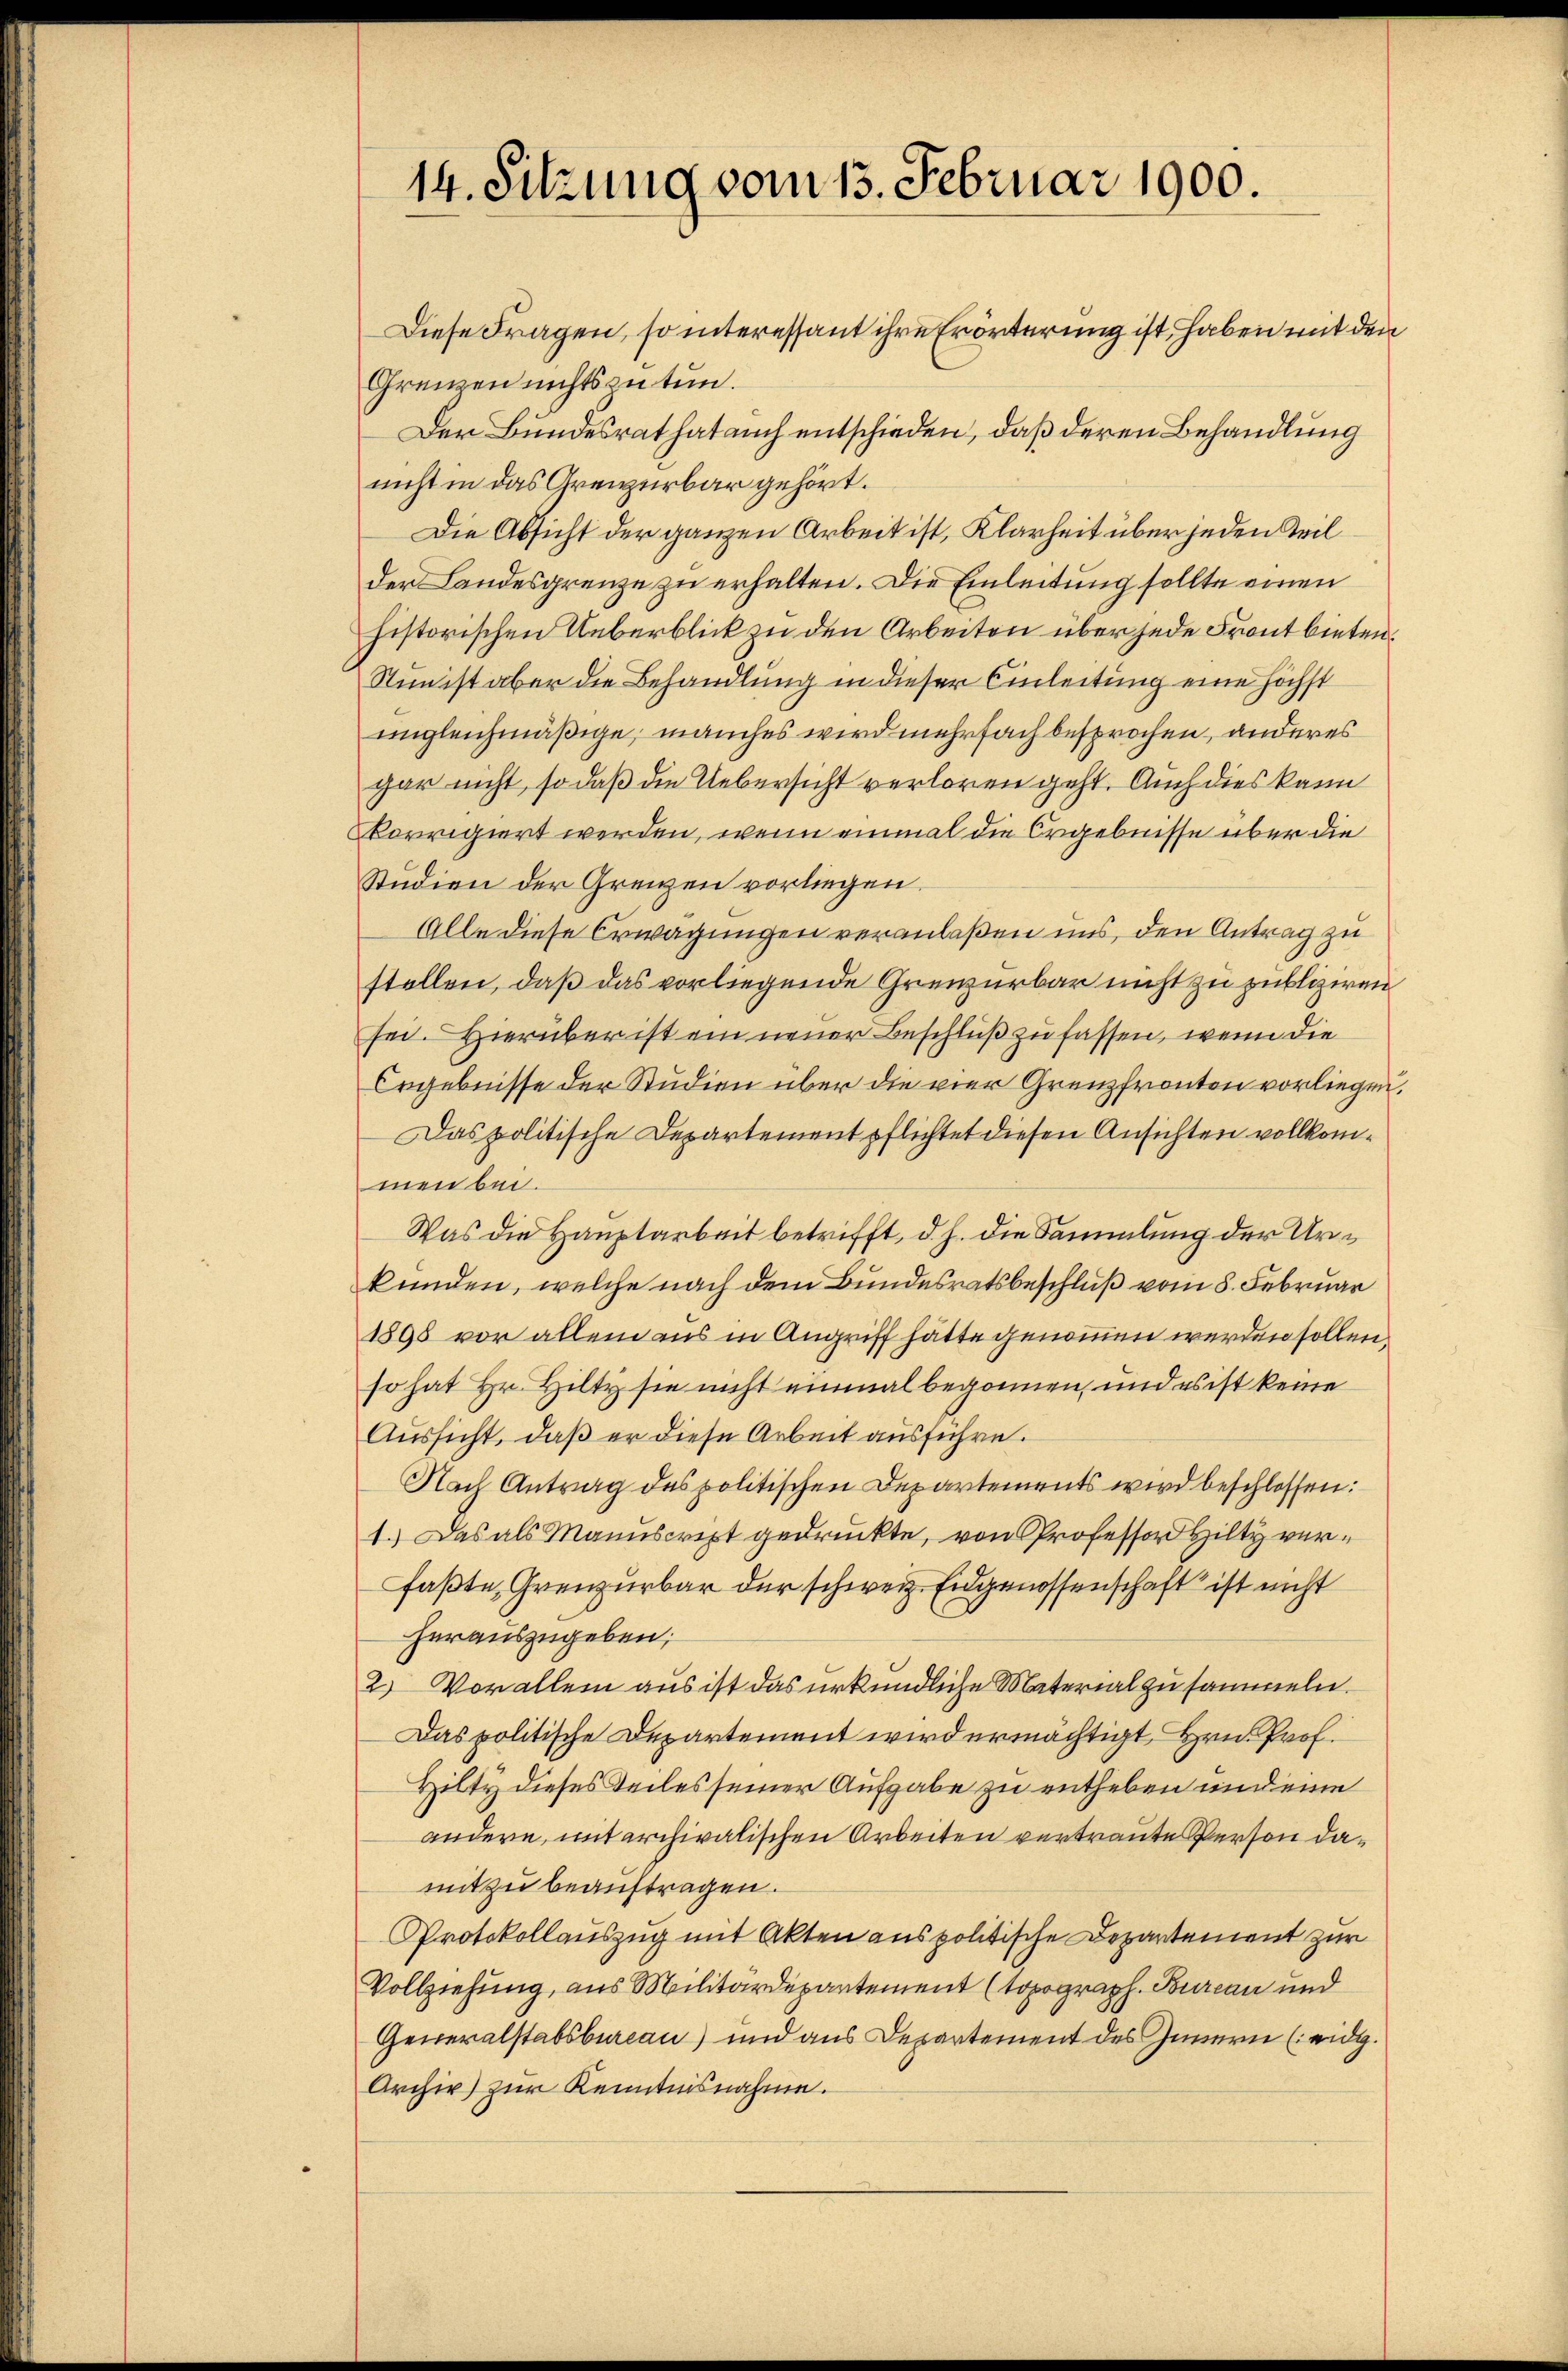
14. Sitzung vom 13. Februar 1900.

Diese Fragen, so interessant ihre Erörterung ist, haben mit den
Grenzen nichts zu tun.
Der Bundesrat hat auch entschieden, daß deren Behandlung
nicht in das Greizerbar gehört.
Die Absicht der ganzen Arbeit ist, Klarheit über jeden Teil
der Landesgrenze zu erhalten. Die Einleitung sollte einen
historischen Ueberblick zu den Arbeiten über jede Front bieten¬
Stinist aber die Behandlung in dieser Einleitung eine höchst
ungleichmäßige, manches wird mehrfach besprochen, anderes
gar nicht, so daß die Uebersicht verloren geht. Auch dies kann
korrigiert werden, wenn einmal die Ergebnisse über die
Studien der Grenzen vorliegen.
Alle diese Erwägungen veranlaßen uns, den Antrag zu
stellen, daß das vorliegende Grenzurbar nicht zu publiziren
sei. Hierüber ist ein neuer Beschluß zu fassen, wenn die
Ergebnisse der Studien über die vier Grenzfronton vorliegen.
Das politische Departementpflichtet diesen Ansichten vollkommen bei.
Was die Hauptarbeit betrifft, d. h. die Sammlung der Urkunden, welche nach dem Bundesratsbeschluß vom 8. Februar
1898 vor allem aus in Angriff hätte genommen werden sollen,
so hat Hr. Hilty sie nicht einmal begonnen, und es ist keine
Aussicht, daß er diese Arbeit ausführe.
Nach Antrag des politischen Departements wird beschlossen:
1.) Das als Manuscript gedruckte, von Professor Hilty verfaßte, Grenzurbar der schweiz. Eidgenossenschaft ist nicht
herauszugeben;
2.) Vorallem aus ist das urkundliche Material zusammeln.
Das politische Departement wird ermächtigt, Hrn. Prof.
Hilty dieses Teiles seiner Aufgabe zu entheben und eine
andere, mit archivalischen Arbeiten vertraute Person damit zu beauftragen.
Protokollauszug mit Akten aus politische Departement zur
Vollziehung, aus Militärdepartement (topograph. Bureau und
Generalstabsbureau) und aus Departement des Innern (eidg.
Archiv zur Kenntnisnahme.